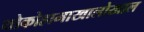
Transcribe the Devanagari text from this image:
योकोहामाखालोखाल